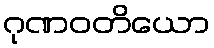
ဂုဏဝတိယော